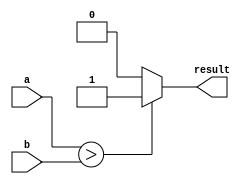
module Greater_than_comparator (
    input [31:0] a,
    input [31:0] b,
    output reg result
);

    always @* begin
        if (a > b) begin
            result = 1;
        end else begin
            result = 0;
        end
    end

endmodule